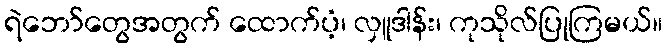
ရဲဘော်တွေအတွက် ထောက်ပံ့၊ လှူဒါန်း၊ ကုသိုလ်ပြုကြမယ်။